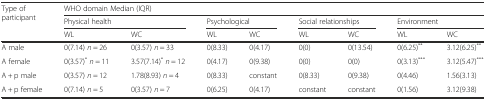
| <ROWSPAN=3> Type of participant | <COLSPAN=8> WHO domain Median (IQR) |
 | <COLSPAN=2> Physical health | <COLSPAN=2> Psychological | <COLSPAN=2> Social relationships | <COLSPAN=2> Environment |
 | WL | WC | WL | WC | WL | WC | WL | WC |
 | --- | --- | --- | --- | --- | --- | --- | --- | --- |
 | A male | 0(7.14) n = 26 | 0(3.57) n = 33 | 0(8.33) | 0(4.17) | 0(0) | 0(13.54) | 0(6.25)** | 3.12(6.25)** |
 | A female | 0(3.57)*n = 11 | 3.57(7.14)*n = 12 | 0(4.17) | 0(9.38) | 0(0) | 0(0) | 0(3.13)*** | 3.12(5.47)*** |
 | A + p male | 0(3.57) n = 12 | 1.78(8.93) n = 4 | 0(8.33) | constant | 0(8.33) | 0(9.38) | 0(4.46) | 1.56(3.13) |
 | A + p female | 0(7.14) n = 5 | 0(3.57) n = 7 | 0(6.25) | 0(4.17) | constant | constant | 0(1.56) | 3.12(9.38) |